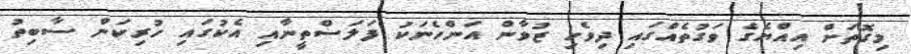
މިގޮތަށް އިއްޔެގެ ވަގުތެއްގައި ދިވެހި ޒުވާން އަންހެނަކު ފަލަސްތީނާއި އެކުގައި ހުރިކަން ސާބިތު